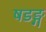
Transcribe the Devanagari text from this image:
षडङ्ग